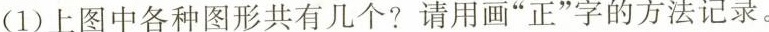
(1)上图中各种图形共有几个?请用画”正”字的方法记录。